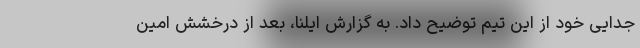
جدایی خود از این تیم توضیح داد. به گزارش ایلنا، بعد از درخشش امین